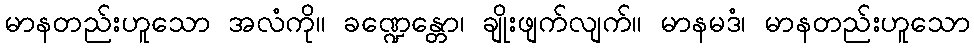
မာနတည်းဟူသော အလံကို။ ခဏ္ဍေန္တော၊ ချိုးဖျက်လျက်။ မာနမဒံ၊ မာနတည်းဟူသော